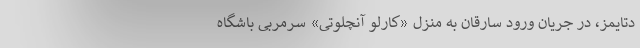
دِ‌تایمز، در جریان ورود سارقان به منزل «کارلو آنچلوتی» سرمربی باشگاه